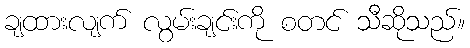
ချထားလျက် လွမ်းချင်းကို စတင် သီဆိုသည်။